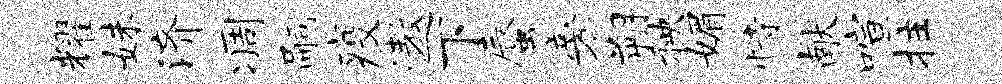
耀妹济凋嗣疫遨下蜃旁朔秧媚恃献喧拄